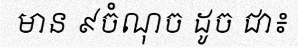
មាន ៩ចំណុច ដូច ជា៖